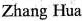
Zhang Hua